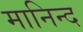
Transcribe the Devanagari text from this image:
मानिन्द